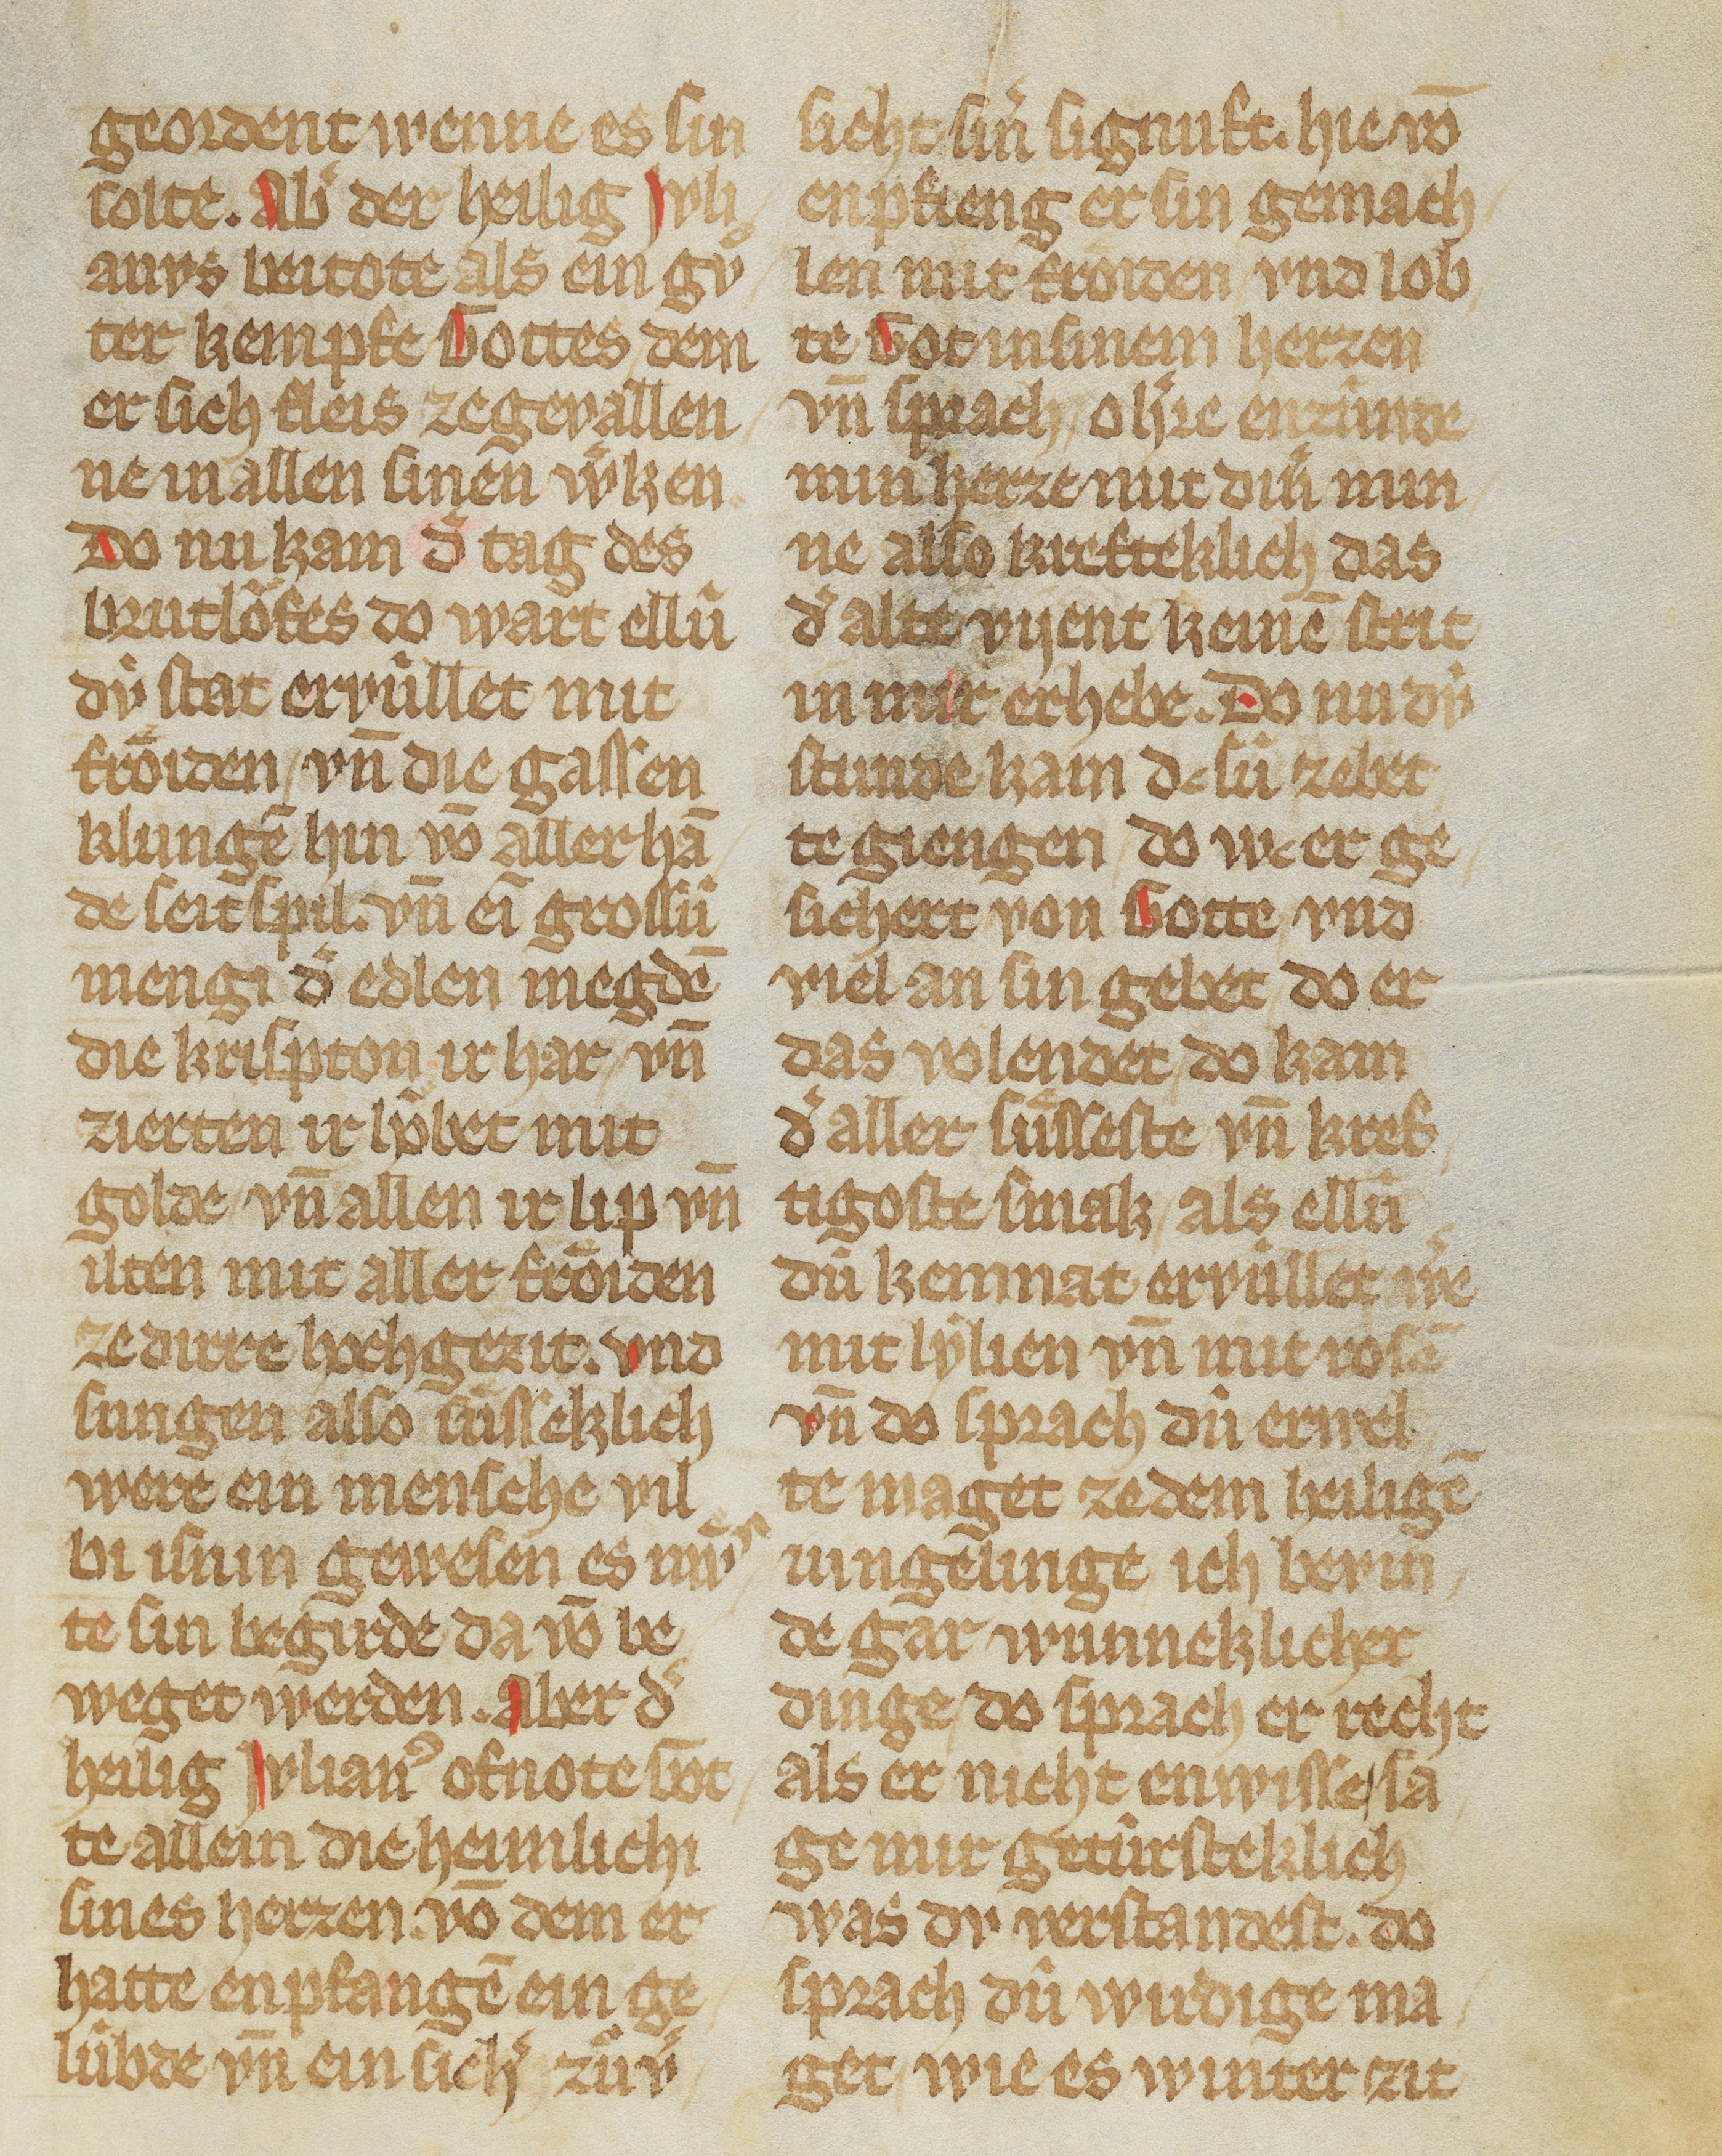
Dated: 1325–1349